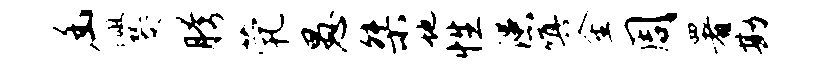
幽爨胯茕愚桀地性漶嗔金周署勘